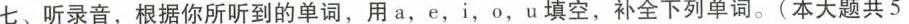
七、听录音，根据你所听到的单词，用a，e，i，o，u填空，补全下列单词。(本大题共5